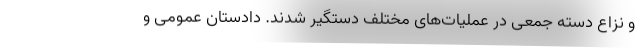
و نزاع دسته جمعی در عملیات‌های مختلف دستگیر شدند. دادستان عمومی و